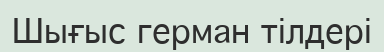
Шығыс герман тілдері